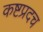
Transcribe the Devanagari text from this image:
कष्टप्रदच